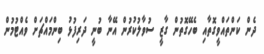
ދެން ކަންތައްވީގޮތާއި ބެހޭގޮތުން ގާޒީ ސުވާލުކުރުން އޭނާ ބުނީ ދަރިފުޅު ބިންމައްޗަށް ވެއްޓުމުން